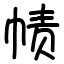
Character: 帻